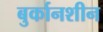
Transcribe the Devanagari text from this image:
बुर्कानशीन